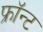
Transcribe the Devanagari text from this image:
फ्रॉन्ट